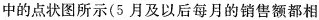
中的点状图所示(5月及以后每月的销售额都相